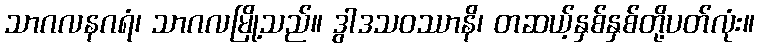
သာဂလနဂရံ၊ သာဂလမြို့သည်။ ဒွါဒသဝဿာနိ၊ တဆယ့်နှစ်နှစ်တို့ပတ်လုံး။